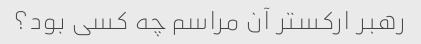
رهبر ارکستر آن مراسم چه کسی بود؟